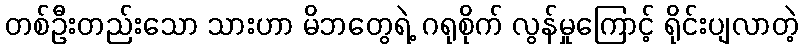
တစ်ဦးတည်းသော သားဟာ မိဘတွေရဲ့ ဂရုစိုက် လွန်မှုကြောင့် ရိုင်းပျလာတဲ့